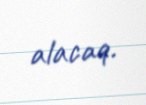
alacaq.